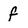
Character: f